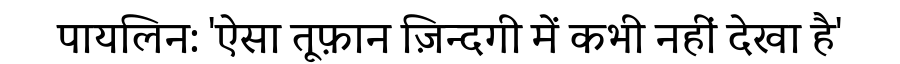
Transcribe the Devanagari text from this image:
पायलिन: 'ऐसा तूफ़ान ज़िन्दगी में कभी नहीं देखा है'